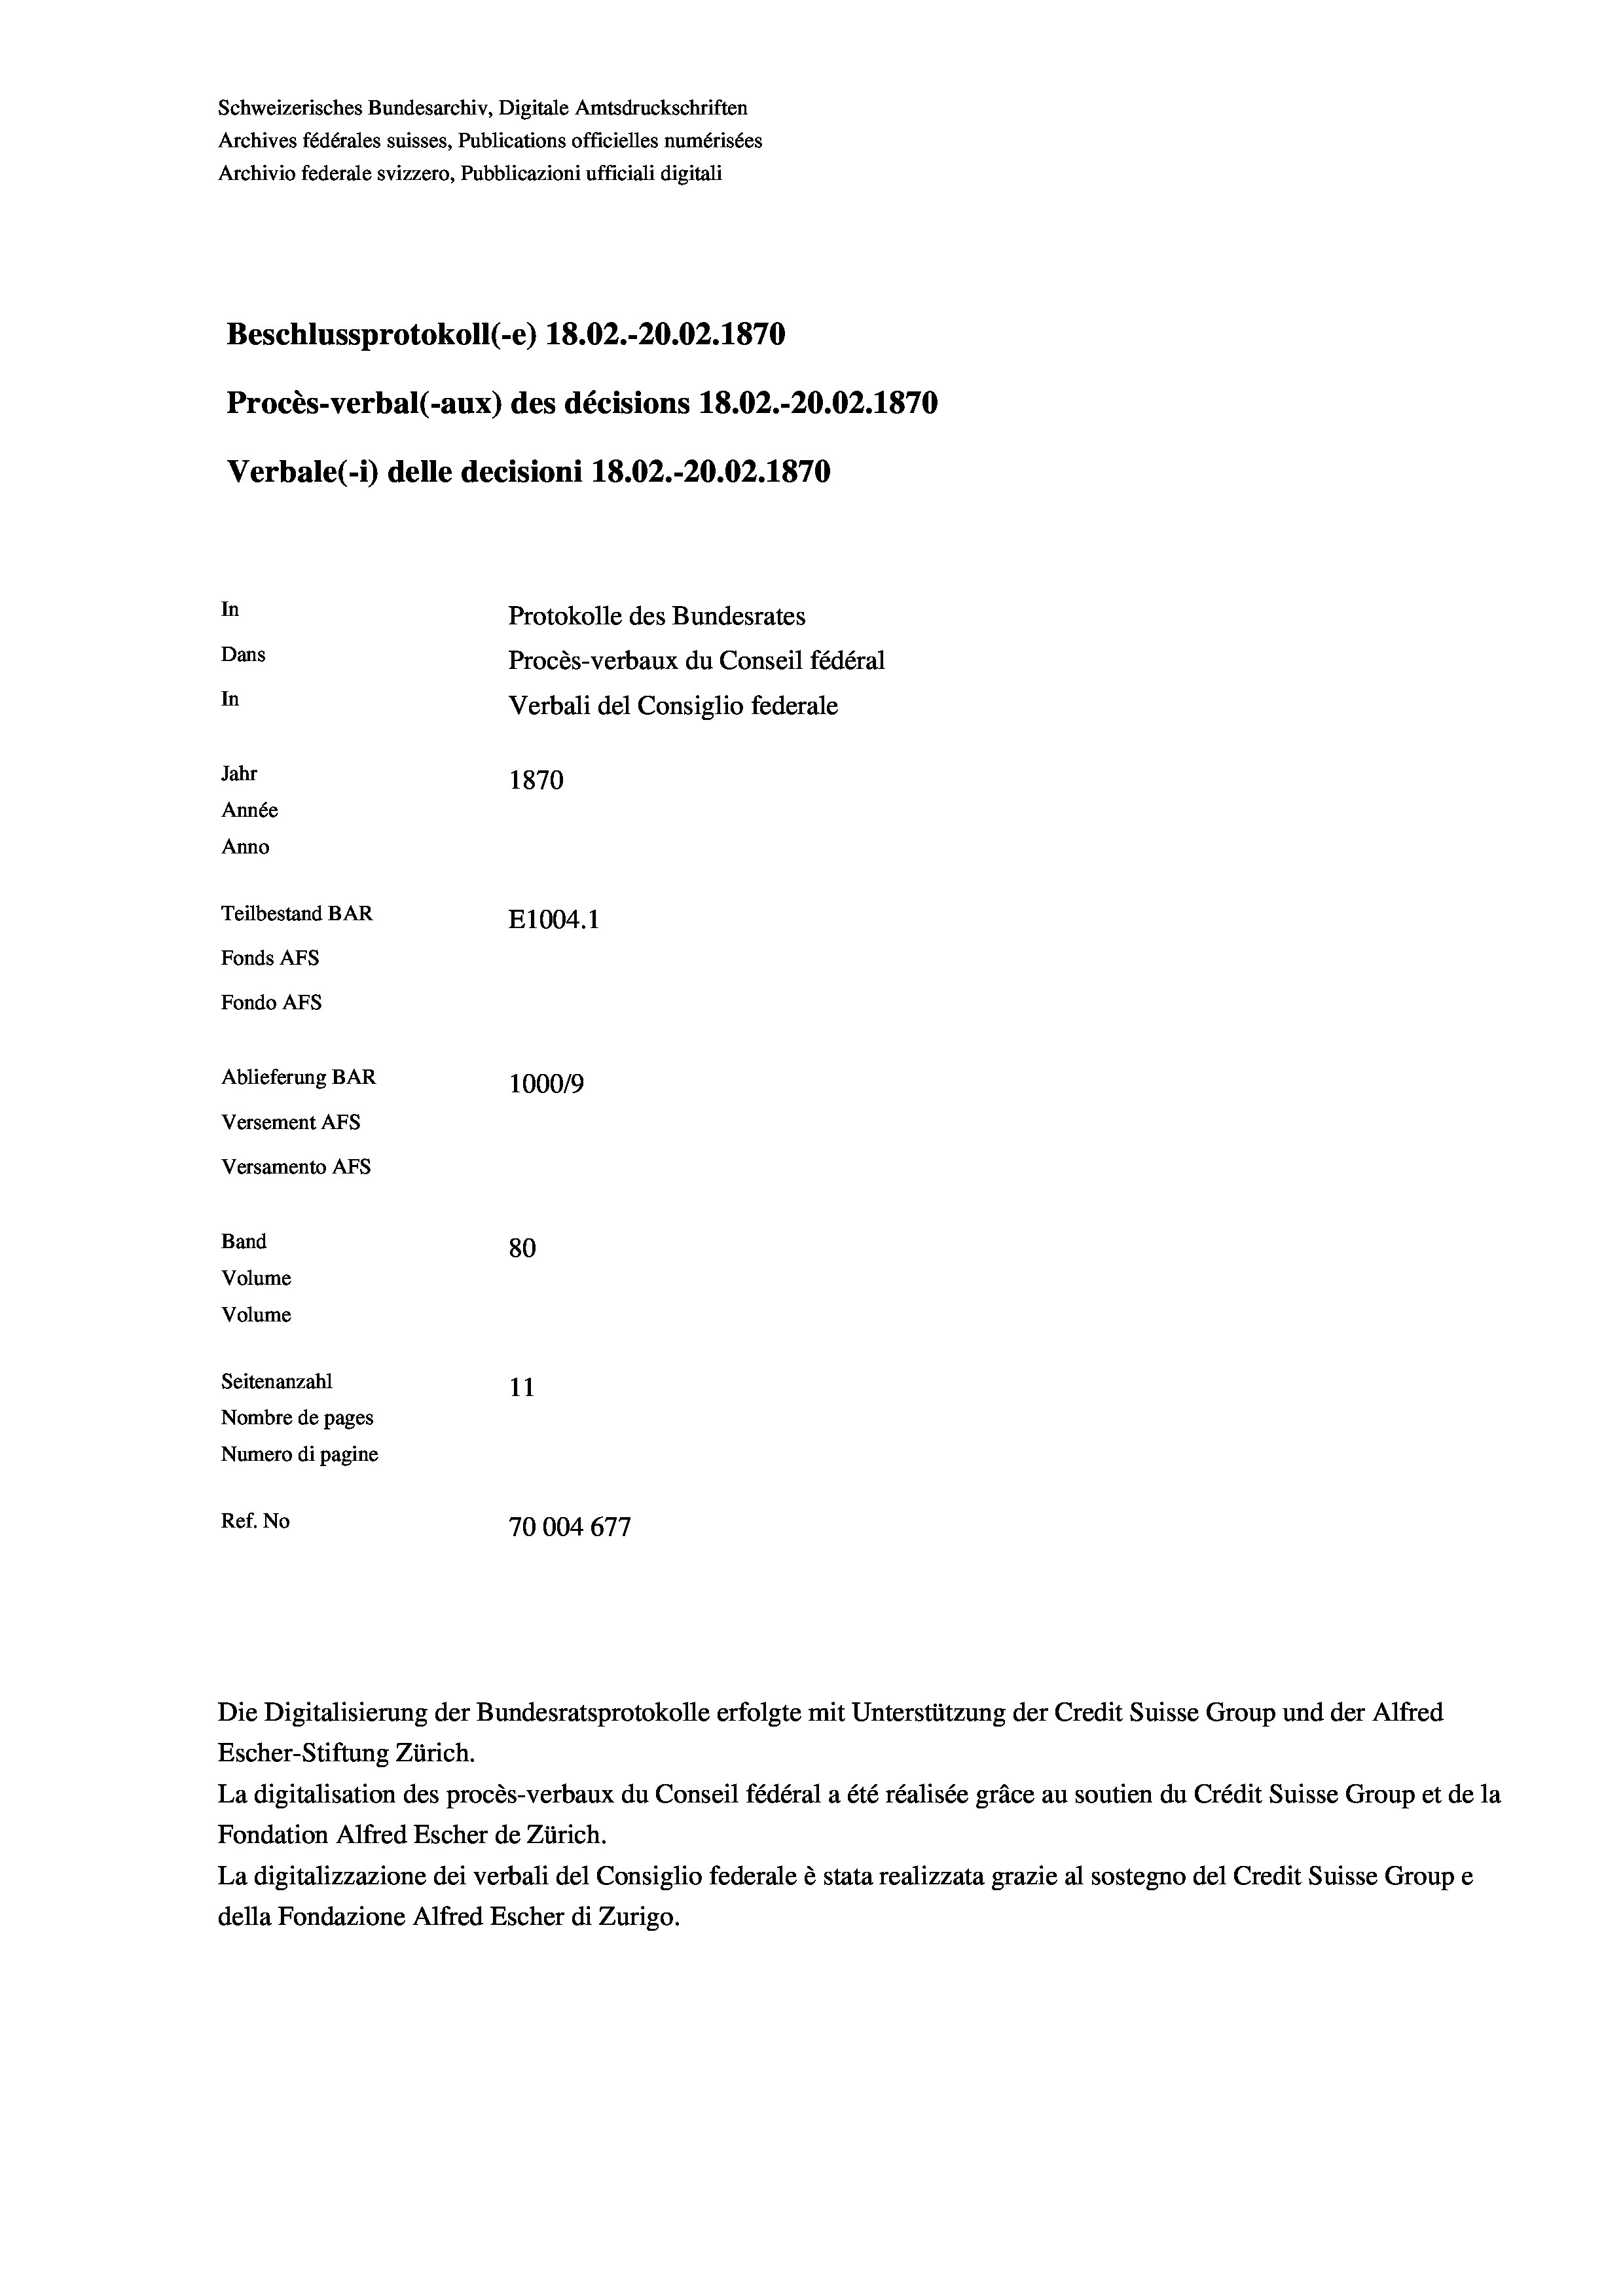
Schweizerisches Bundesarchiv, Digitale Amtsdruckschriften
Archives fédérales suisses, Publications officielles numérisées
Archivio federale svizzero, Pubblicazioni ufficiali digitali
Beschlussprotokoll (-e) 18.02.-20.02. 1870
Procès-verbal (-aux) des décisions 18.02.-20.02. 1870
Verbale(*) delle decisioni 18.02.-20.02. 1870
In
Protokolle des Bundesrates
Dans
Procès-verbaux du Conseil fédéral
In
Verbali del Consiglio federale
Jahr
1870
Année
Anno
Teilbestand BAR
E1004.1
Fonds AFs
Fondo Afs
Ablieferung BAR
100019
Versement AFs

Versamento AFs
Band
Volume
Volume

80
Seitenanzahl
11
Nombre de pages
Numero di pagine
Ref. No
70004677

Escher-Stiftung Zürich.
La digitalisation des procès-verbaux du Conseil fédéral a été réalisée gräce au soutien du Crédit Suisse Group et de la
Fondation Alfred Escher de Zürich.
La digitalizzazione dei verbali del Consiglio federale è stata realizzata grazie al sostegno del Credit Suisse Groupe
della Fondazione Alfred Escher di Zurigo.

Die Digitalisierung der Bundesratsprotokolle erfolgte mit Unterstützung der Credit Suisse Group und der Alfred